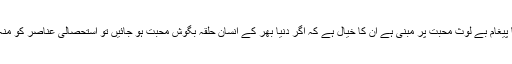
سلطان جمیل نسیم کا پیغام بے لوث محبت پر مبنی ہے ان کا خیال ہے کہ اگر دنیا بھر کے انسان حلقہ بگوش محبت ہو جائیں تو استحصالی عناصر کو منہ کی کھانا پڑے گی۔